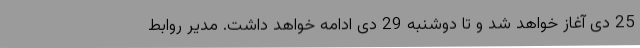
25 دی آغاز خواهد شد و تا دوشنبه 29 دی ادامه خواهد داشت. مدیر روابط